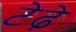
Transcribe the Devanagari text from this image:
टेढे़